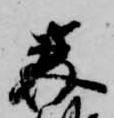
美